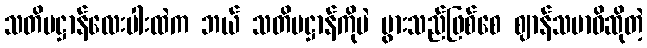
သတိပဋ္ဌာန်လေးပါးထဲက ဘယ် သတိပဋ္ဌာန်ကိုပဲ ပွားသည်ဖြစ်စေ ဈာန်သမာဓိဆိုတဲ့